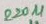
Text: 220µF